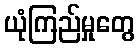
ယုံကြည်မှုတွေ